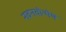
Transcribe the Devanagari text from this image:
नवनवोन्मेष